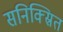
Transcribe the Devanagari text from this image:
सनिक्स्रित